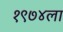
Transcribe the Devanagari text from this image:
१९७४ला